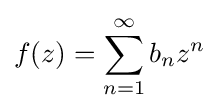
f(z)=\sum _{n=1}^{\infty }{b_{n}z^{n}}